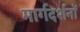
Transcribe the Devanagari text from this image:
मार्गदर्शनों